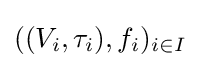
((V_{i},\tau _{i}),f_{i})_{i\in I}